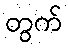
တွက်